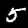
Digit: 5